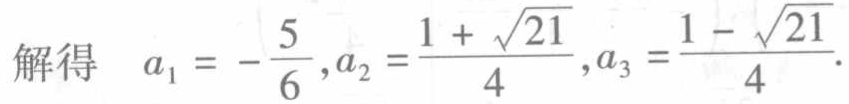
解得 \(a_{1}=-\frac{5}{6},a_{2}=\frac{1 + \sqrt{21}}{4},a_{3}=\frac{1 - \sqrt{21}}{4}\).